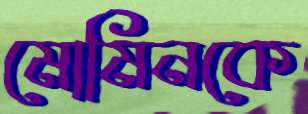
মোমিনকে